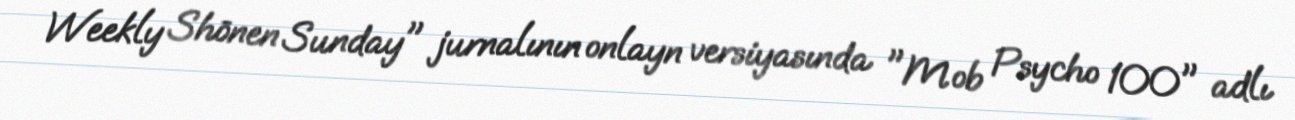
Weekly Shōnen Sunday" jurnalının onlayn versiyasında "Mob Psycho 100" adlı